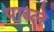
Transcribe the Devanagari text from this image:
पाब्ले